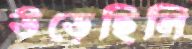
উড়েছিলি